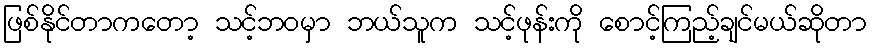
ဖြစ်နိုင်တာကတော့ သင့်ဘဝမှာ ဘယ်သူက သင့်ဖုန်းကို စောင့်ကြည့်ချင်မယ်ဆိုတာ